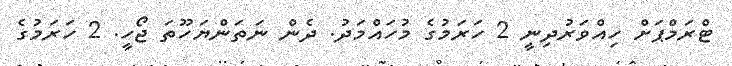
ޓްރަމްޕަށް ހިއްވަރުދިނީ 2 ހަރަމުގެ މުހައްމަދު. ދެން ނަތަންޔަހޫތަ ޖޯހީ. 2 ހަރަމުގެ